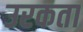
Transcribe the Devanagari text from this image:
उरकता